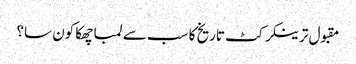
مقبول ترینکرکٹ تاریخ کا سب سے لمبا چھکا کون سا؟